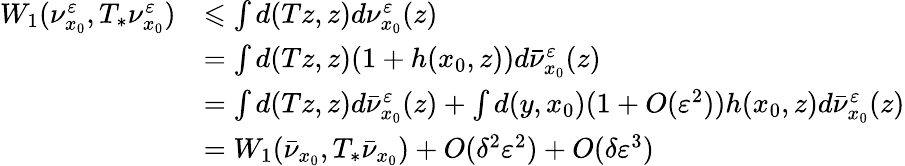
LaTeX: \begin{array}{rl}{W_{1}(\nu_{x_{0}}^{\varepsilon},T_{*}\nu_{x_{0}}^{\varepsilon})}&{\leqslant\int d(Tz,z)d\nu_{x_{0}}^{\varepsilon}(z)}\\ &{=\int d(Tz,z)(1+h(x_{0},z))d\bar{\nu}_{x_{0}}^{\varepsilon}(z)}\\ &{=\int d(Tz,z)d\bar{\nu}_{x_{0}}^{\varepsilon}(z)+\int d(y,x_{0})(1+O(\varepsilon^{2}))h(x_{0},z)d\bar{\nu}_{x_{0}}^{\varepsilon}(z)}\\ &{=W_{1}(\bar{\nu}_{x_{0}},T_{*}\bar{\nu}_{x_{0}})+O(\delta^{2}\varepsilon^{2})+O(\delta\varepsilon^{3})}\end{array}